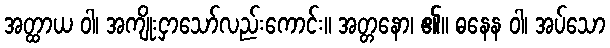
အတ္ထာယ ဝါ၊ အကျိုးငှာသော်လည်းကောင်း။ အတ္တနော၊ ၏။ ဓနေန ဝါ၊ အပ်သော